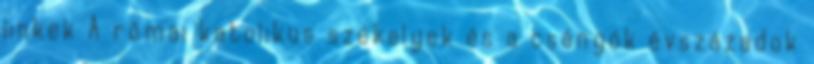
linkek A római katolikus székelyek és a csángók évszázadok